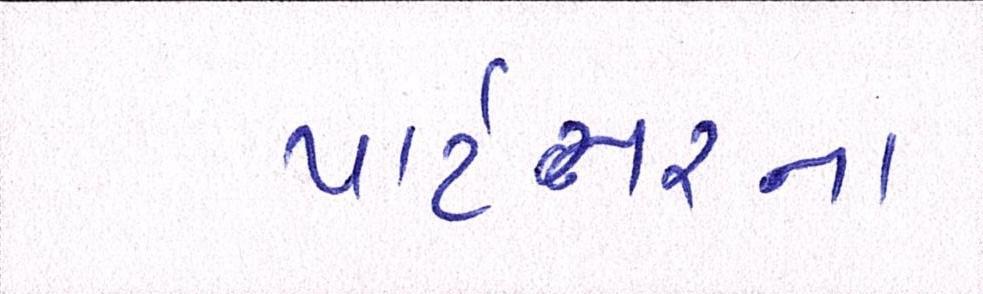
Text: પાર્ટનરના